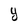
Character: Y